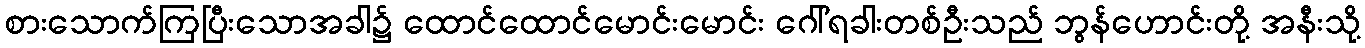
စားသောက်ကြပြီးသောအခါ၌ ထောင်ထောင်မောင်းမောင်း ဂေါ်ရခါးတစ်ဦးသည် ဘွန်ဟောင်းတို့ အနီးသို့